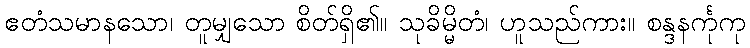
ဧတံသမာနသော၊ တူမျှသော စိတ်ရှိ၏။ သုခိမ္မိတံ၊ ဟူသည်ကား။ စန္ဒနင်္ကုကု